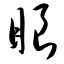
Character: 眼